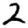
Digit: 2